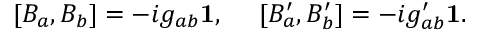
[ B _ { a } , B _ { b } ] = - i g _ { a b } { \bf 1 } , ~ ~ ~ ~ [ B _ { a } ^ { \prime } , B _ { b } ^ { \prime } ] = - i g _ { a b } ^ { \prime } { \bf 1 } .